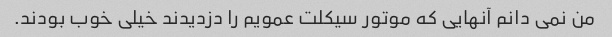
من نمی دانم آنهایی که موتور سیکلت عمویم را دزدیدند خیلی خوب بودند.